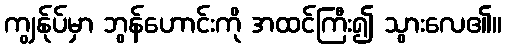
ကျွန်ုပ်မှာ ဘွန်ဟောင်းကို အထင်ကြီး၍ သွားလေ၏။